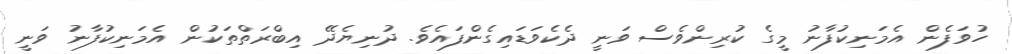
ހުވަފެން އެމަނިކުފާނު މީގެ ކުރިންވެސް ވަނީ ދެކެވަޑައިގެންފައެވެ. ދުނިޔެދޭ އިބްރަތްތަކުން އެމަނިކުފާނު ވަނީ